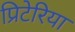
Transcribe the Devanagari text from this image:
प्रिटेरिया